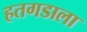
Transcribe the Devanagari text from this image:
हतगडाला